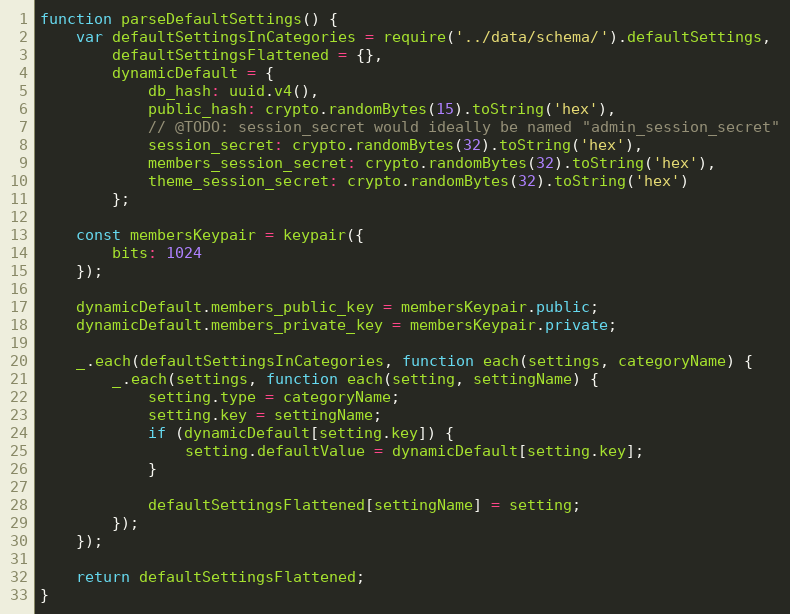
Language: JavaScript
function parseDefaultSettings() {
    var defaultSettingsInCategories = require('../data/schema/').defaultSettings,
        defaultSettingsFlattened = {},
        dynamicDefault = {
            db_hash: uuid.v4(),
            public_hash: crypto.randomBytes(15).toString('hex'),
            // @TODO: session_secret would ideally be named "admin_session_secret"
            session_secret: crypto.randomBytes(32).toString('hex'),
            members_session_secret: crypto.randomBytes(32).toString('hex'),
            theme_session_secret: crypto.randomBytes(32).toString('hex')
        };

    const membersKeypair = keypair({
        bits: 1024
    });

    dynamicDefault.members_public_key = membersKeypair.public;
    dynamicDefault.members_private_key = membersKeypair.private;

    _.each(defaultSettingsInCategories, function each(settings, categoryName) {
        _.each(settings, function each(setting, settingName) {
            setting.type = categoryName;
            setting.key = settingName;
            if (dynamicDefault[setting.key]) {
                setting.defaultValue = dynamicDefault[setting.key];
            }

            defaultSettingsFlattened[settingName] = setting;
        });
    });

    return defaultSettingsFlattened;
}